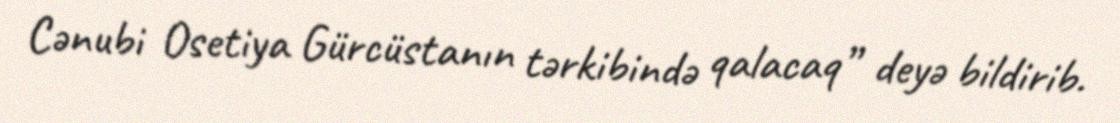
Cənubi Osetiya Gürcüstanın tərkibində qalacaq” deyə bildirib.